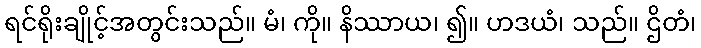
ရင်ရိုးချိုင့်အတွင်းသည်။ မံ၊ ကို။ နိဿာယ၊ ၍။ ဟဒယံ၊ သည်။ ဌိတံ၊